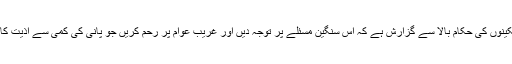
ہم علاقہ مکینوں کی حکام بالا سے گزارش ہے کہ اس سنگین مسئلے پر توجہ دیں اور غریب عوام پر رحم کریں جو پانی کی کمی سے اذیت کا شکار ہیں۔